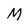
Character: M